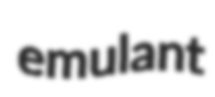
emulant